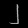
Digit: ၂